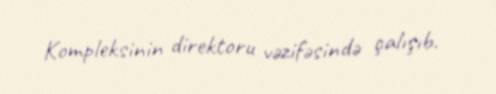
Kompleksinin direktoru vəzifəsində çalışıb.